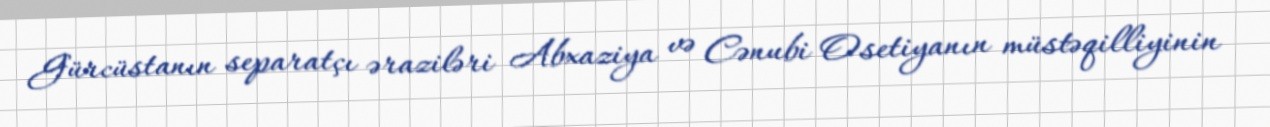
Gürcüstanın separatçı əraziləri Abxaziya və Cənubi Osetiyanın müstəqilliyinin